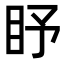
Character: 𥄛